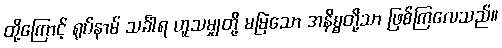
ထို့ကြောင့် ရုပ်နာမ် သင်္ခါရ ဟူသမျှတို့ မမြဲသော အနိစ္စတို့သာ ဖြစ်ကြလေသည်။